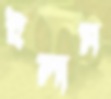
ইলাম